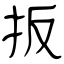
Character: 扳